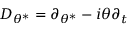
D _ { \theta ^ { \ast } } = \partial _ { \theta ^ { \ast } } - i \theta \partial _ { t }